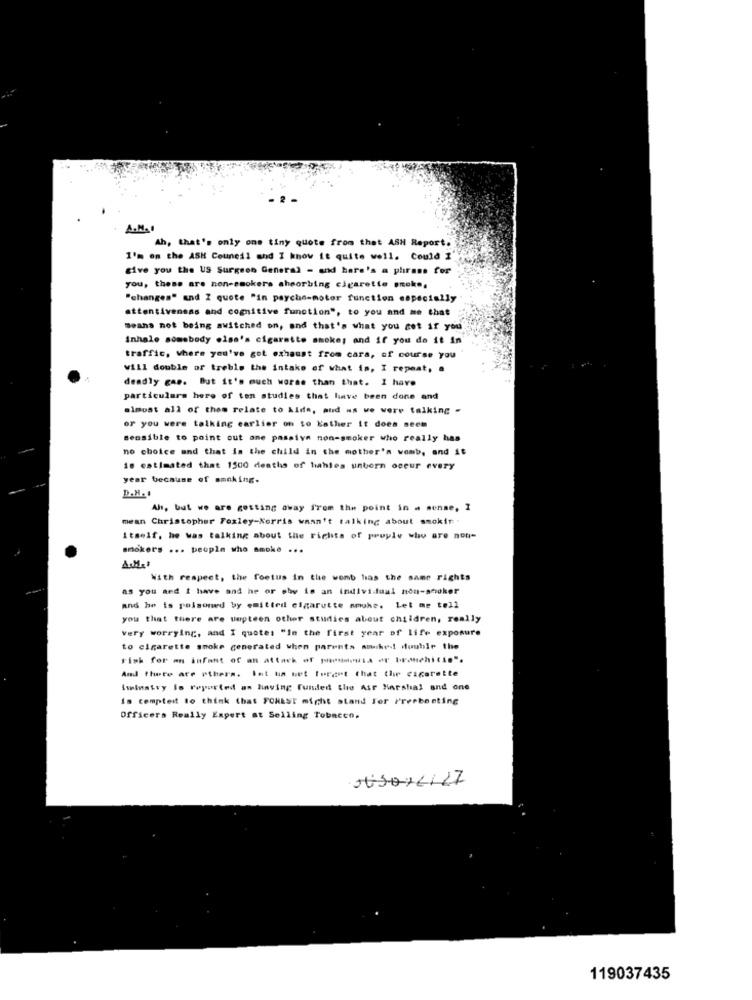
A.M.1
Ah, that's only one tiny quote from that ASH Report.
I'm on the ASH Counedl and I know it quite well. Could 1
give you the US Surgeon General - and here's a phrase for
you, these are non-smokers ahporbing cigarette smoke,
"changes" and I quote "in payche-motor function especially
attentiveness and cognitive function", to you and me that
Beans not being switched on, and that's what you get if you
Inhalo somebody else's cigarette smoke; and if you do it in
traffic, Where you've got exhaust from cara, of course you
will double of treble the intake of what is, I repeat, a
deadly gas. But it's much worse than that. I have
particulars here of ton studies that have been done and
almost all of them relate to Alde, and as we were talking -
or you were talking earlier on to Kather it does seem
sensible to point out ane passive non-smoker who really has
no choice and that is the child in the mother's womb, and it
10 estimated that 1500 deaths of hahles unborn occur every
year because of smoking-
D.H. .
Als, but we are getting away from the point in a sense, I
mean Christopher Foxley-Norris wasn't talking about smokir.
Itself, he was talking about the rights of people who are non-
smokers ... people who smoke ...
A.M.I
With respect, the foetus in the womb has the same rights
as you and I have and he or she is an individual non-smoker
and he is polsoned by emitted cigarette smoke. Let me tell
you that there are umpteen other studies about children, really
very worrying, and I quotes "In the first year of life exposure
to cigarette smoke generated when parents asked! double the
risk for an infant of an attack of pneumonia of bronchitis".
And there are ethers. let us wet forget that the cigarette
Smlustry is reported as having funded the Air Marshal and one
is tempted to think that FOREST might stand For Freebesting
Officers Really Expert at Selling Tobacco.
119037435